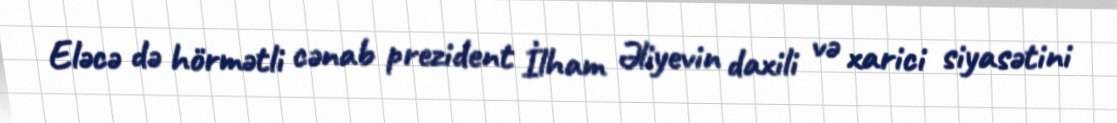
Eləcə də hörmətli cənab prezident İlham Əliyevin daxili və xarici siyasətini